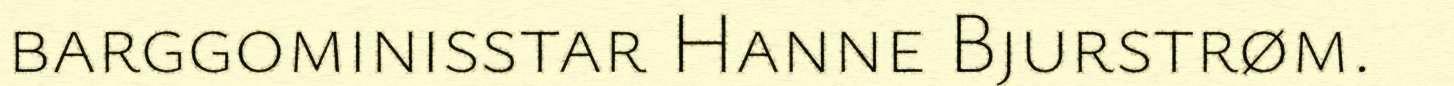
barggominisstar Hanne Bjurstrøm.